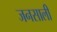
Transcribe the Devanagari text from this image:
जनसाली